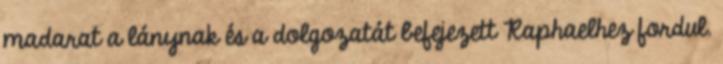
madarat a lánynak és a dolgozatát befejezett Raphaelhez fordul.